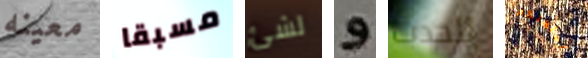
معينه مسبقا لشئ و للحدث أسلحتكم